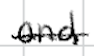
Text: and
Cross-out: single-line
Writing tool: digital_black